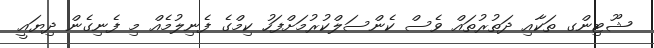
ޝޫޓިންގ ތަކާއި ދަތުރުތައް ވެސް ކެންސަލްކުރުމަށްފަހު ކިމްގެ ފެނިލުމެއް މި ފެނިގެން ދިޔައީ